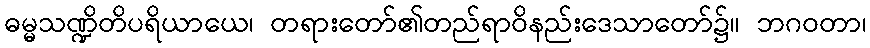
ဓမ္မသဏ္ဍိတိပရိယာယေ၊ တရားတော်၏တည်ရာဝိနည်းဒေသာတော်၌။ ဘဂဝတာ၊